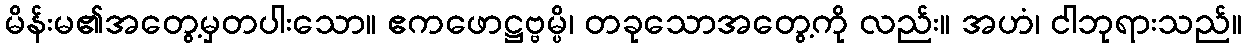
မိန်းမ၏အတွေ့မှတပါးသော။ ဧကဖောဋ္ဌဗ္ဗမ္ပိ၊ တခုသောအတွေ့ကို လည်း။ အဟံ၊ ငါဘုရားသည်။